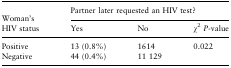
<table><thead><tr><td></td><td colspan="3"><b>Partner later requested an HIV test?</b></td></tr><tr><td><b>Woman&#x27;s HIV status</b></td><td><b>Yes</b></td><td><b>No</b></td><td><b>χ<sup>2</sup><i>P</i>-value</b></td></tr></thead><tbody><tr><td>Positive</td><td>13 (0.8%)</td><td>1614</td><td>0.022</td></tr><tr><td>Negative</td><td>44 (0.4%)</td><td>11 129</td><td></td></tr></tbody></table>